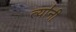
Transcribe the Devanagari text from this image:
त्या॑नी